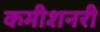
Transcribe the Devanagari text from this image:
कमीशनरी